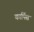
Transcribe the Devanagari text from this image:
कार्पिस